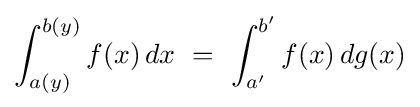
\int _{a(y)}^{b(y)}f(x)\,dx\ =\ \int _{a'}^{b'}f(x)\,dg(x)